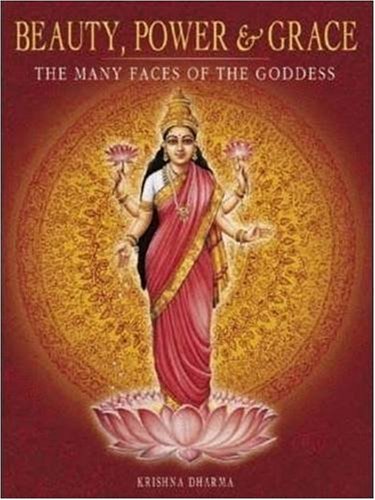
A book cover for Beauty, Power and Grace: The Many Faces of the Goddess; Krishna Dharma; Religion & Spirituality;